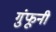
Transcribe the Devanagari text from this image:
गुंफूनी